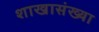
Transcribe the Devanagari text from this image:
शाखासंख्या